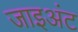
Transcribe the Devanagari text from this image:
जाइअंट